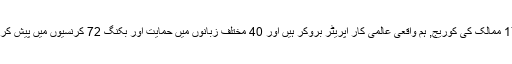
دنیا کے 176 ممالک کی کوریج, ہم واقعی عالمی کار اپریٹر بروکر ہیں اور 40 مختلف زبانوں میں حمایت اور بکنگ 72 کرنسیوں میں پیش کر سکتے ہیں ۔